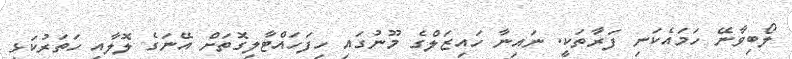
ލޯބިވާނޭ ހަމައެކަނި ފަރާތަކީ. ނައިނާ ހައިޒަލްގެ މޫނުގައި ހިފަހައްޓާލިގޮތަށް އޭނަގެ ލޮލާއި ހަަތަރުކަޅި